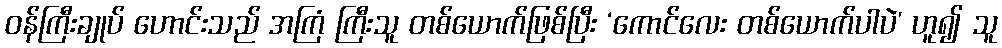
ဝန်ကြီးချုပ် ဟောင်းသည် အကြံ ကြီးသူ တစ်ယောက်ဖြစ်ပြီး ‘ကောင်လေး တစ်ယောက်ပါပဲ’ ဟူ၍ သူ